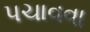
પચાવવા